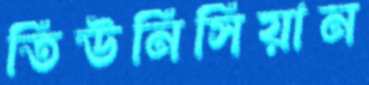
তিউনিসিয়ান